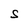
Character: S